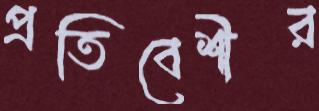
প্রতিবেশীর